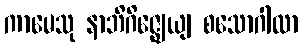
ကာမေသု နာဘိဂိဇ္ဈေယျ စသောဂါထာ